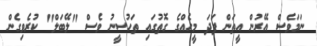
ނަމަވެސް އޭރުން އީތަން ފަދަ މީހެއްގެ ގޮތުގައި ތަހުސީނު ވެސް "ލޭބަލް" ކުރެވިގެން